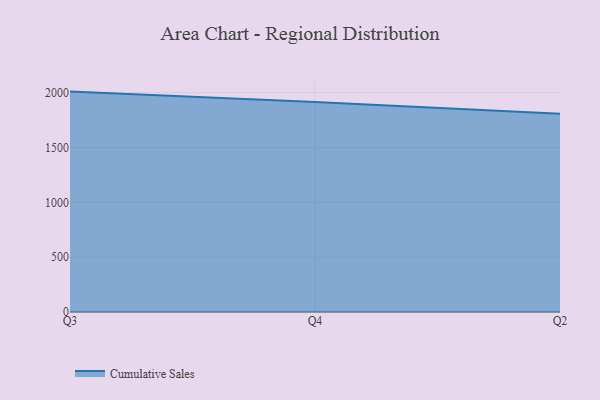
{"axis": {"x": "Quarter", "y": "Inventory Turnover"}, "legend": ["Cumulative Sales"], "data": [{"x": "Q3", "y": 2009.7, "type": "Cumulative Sales"}, {"x": "Q4", "y": 1913.8, "type": "Cumulative Sales"}, {"x": "Q2", "y": 1807.5, "type": "Cumulative Sales"}]}